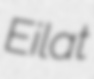
Eilat